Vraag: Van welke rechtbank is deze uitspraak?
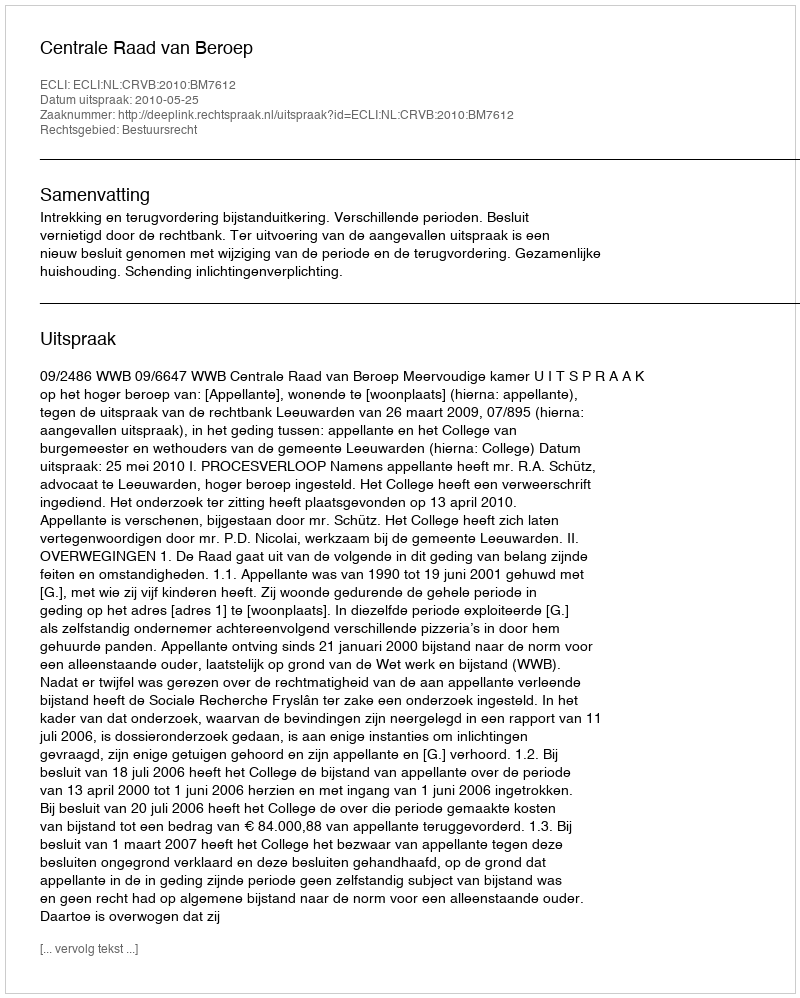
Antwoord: Centrale Raad van Beroep